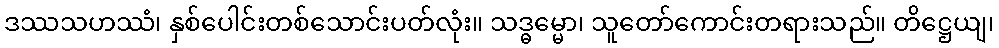
ဒဿသဟဿံ၊ နှစ်ပေါင်းတစ်သောင်းပတ်လုံး။ သဒ္ဓမ္မော၊ သူတော်ကောင်းတရားသည်။ တိဋ္ဌေယျ၊